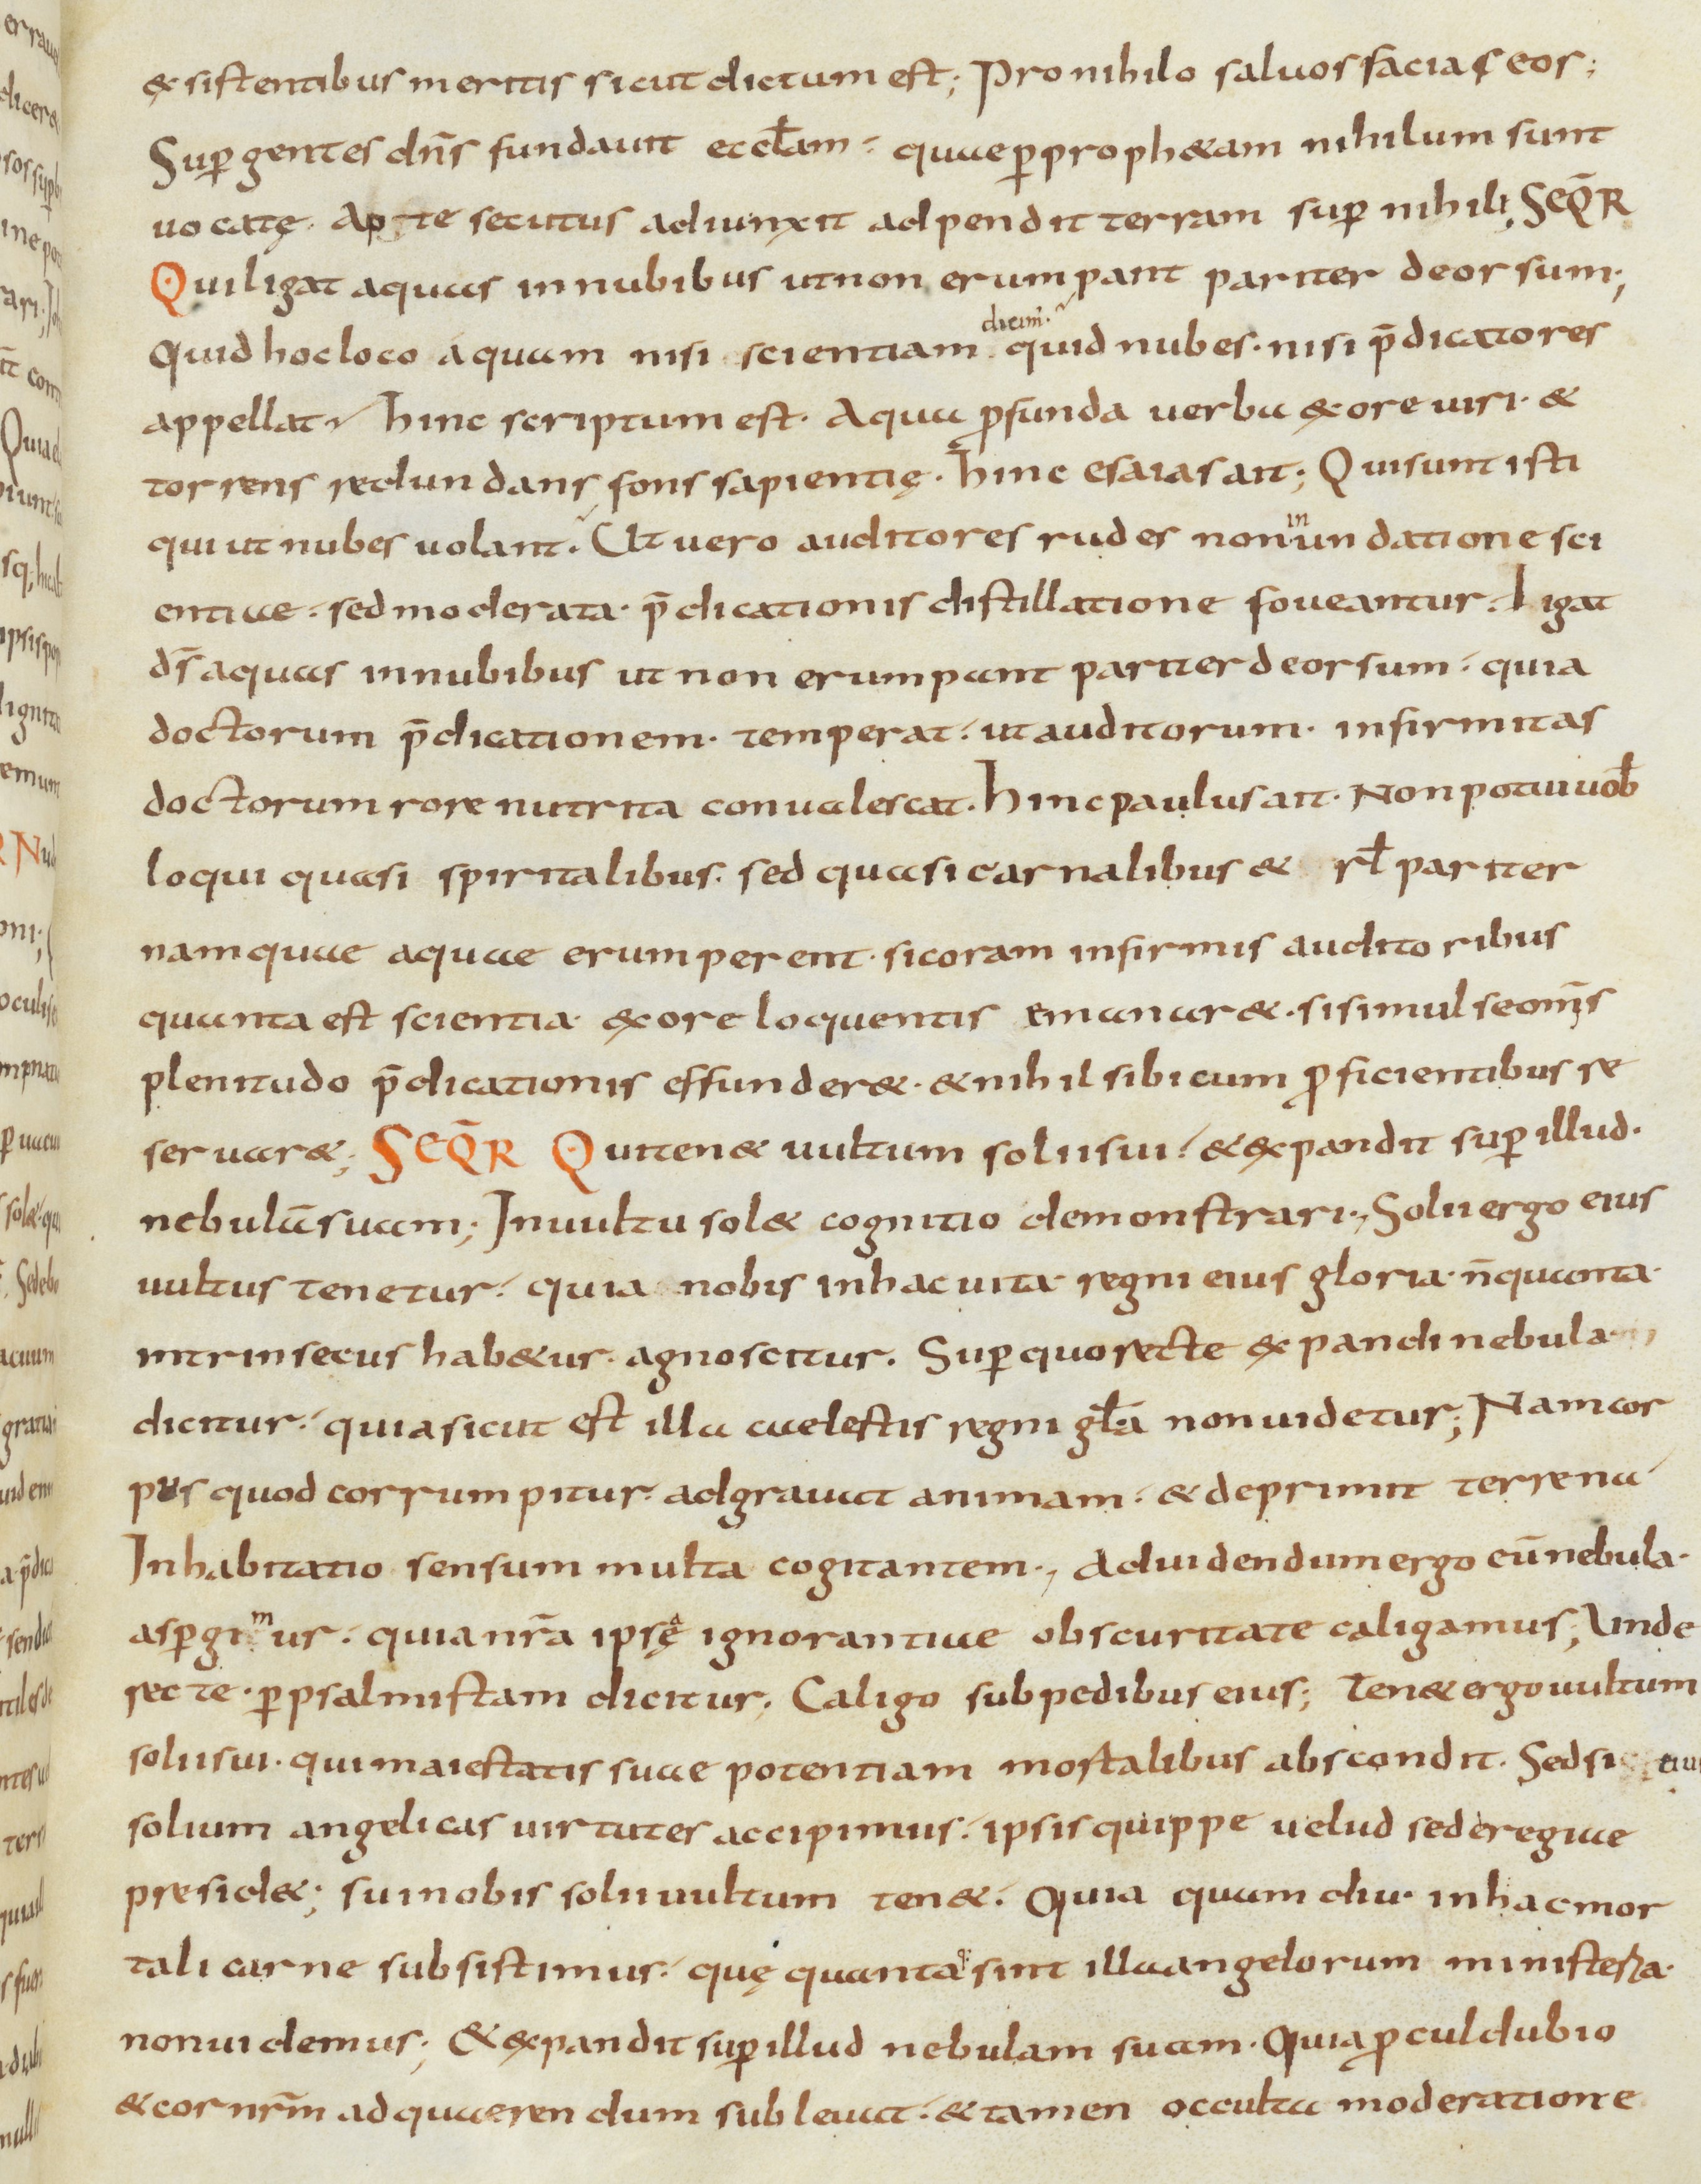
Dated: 900–999